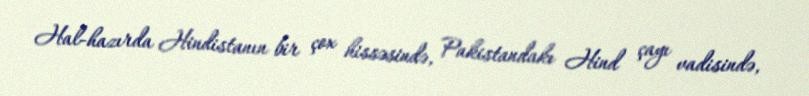
Hal-hazırda Hindistanın bir çox hissəsində, Pakistandakı Hind çayı vadisində,